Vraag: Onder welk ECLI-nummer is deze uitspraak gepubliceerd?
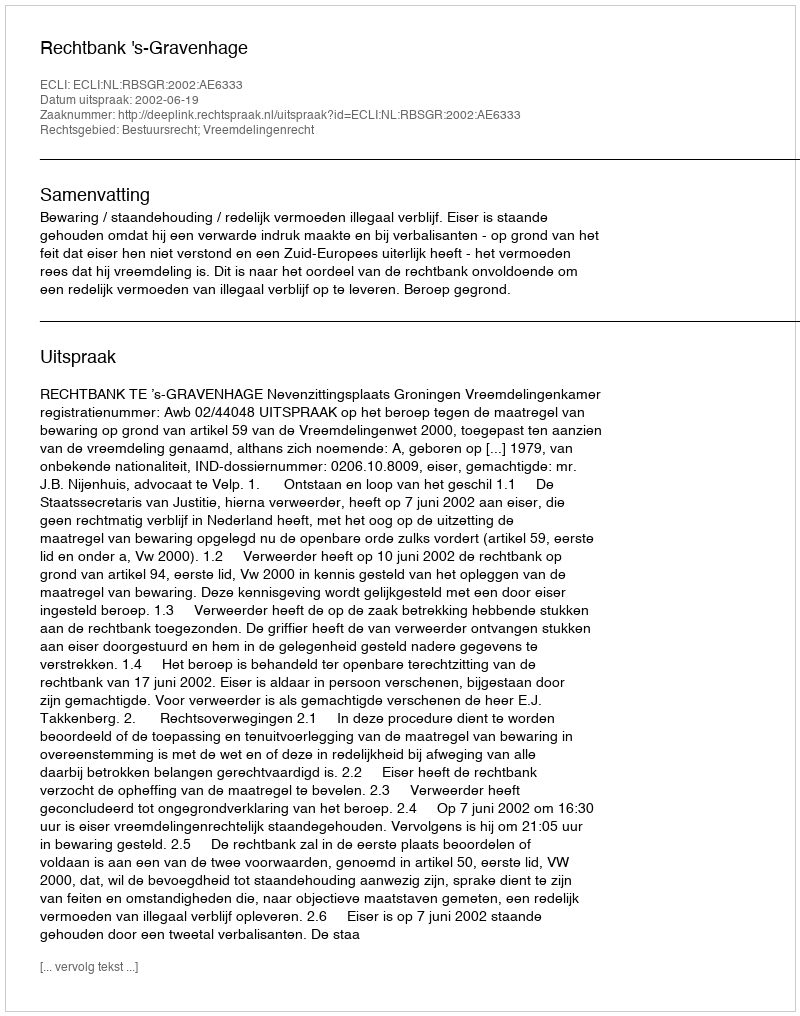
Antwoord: ECLI:NL:RBSGR:2002:AE6333